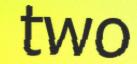
two